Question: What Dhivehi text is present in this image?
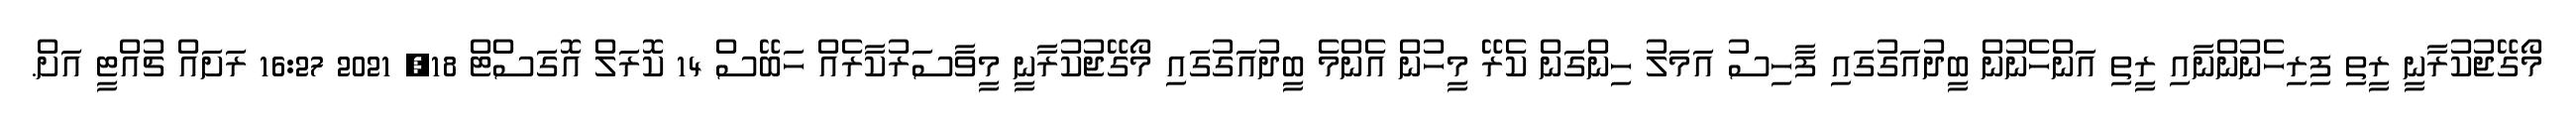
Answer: މޯގޭޖުކުރާނީ ރީތި ފިރިހެނުންނާއި ރީތި އަންހެނުން ބީދުއަގުގައި ފާހިސު އަމަލު ހިންގަން ކެރޭ މީހުން އެންމެ ބީދުއަގުގައި މޯގޭޖުކުރާނީ މީވާސަރުކާރެއް ހަބޭސް 14 ކޮރަލް އޮގަސްޓް 18, 2021 16:27 ރަށައް ޗުއްޓީ އަށް.